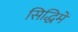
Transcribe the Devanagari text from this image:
सिद्धिमें